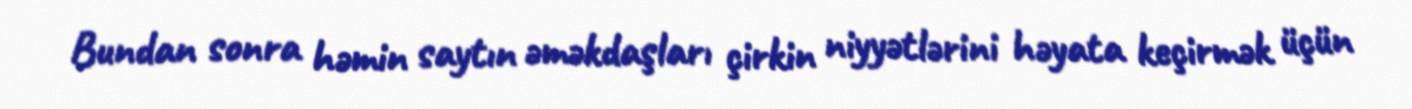
Bundan sonra həmin saytın əməkdaşları çirkin niyyətlərini həyata keçirmək üçün